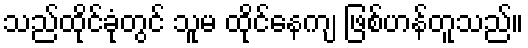
သည်ထိုင်ခုံတွင် သူမ ထိုင်နေကျ ဖြစ်ဟန်တူသည်။